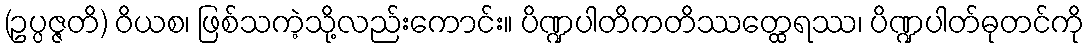
(ဥပ္ပဇ္ဇတိ) ဝိယစ၊ ဖြစ်သကဲ့သို့လည်းကောင်း။ ပိဏ္ဍပါတိကတိဿတ္ထေရဿ၊ ပိဏ္ဍပါတ်ဓုတင်ကို